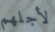
لأجلهم